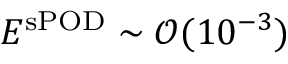
E ^ { \mathrm { s P O D } } \sim \mathcal { O } ( 1 0 ^ { - 3 } )